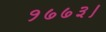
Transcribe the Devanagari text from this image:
१७७३।